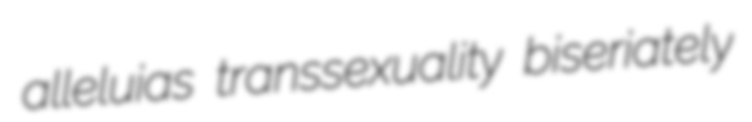
alleluias transsexuality biseriately